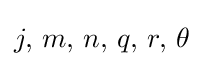
j,\,m,\,n,\,q,\,r,\,\theta